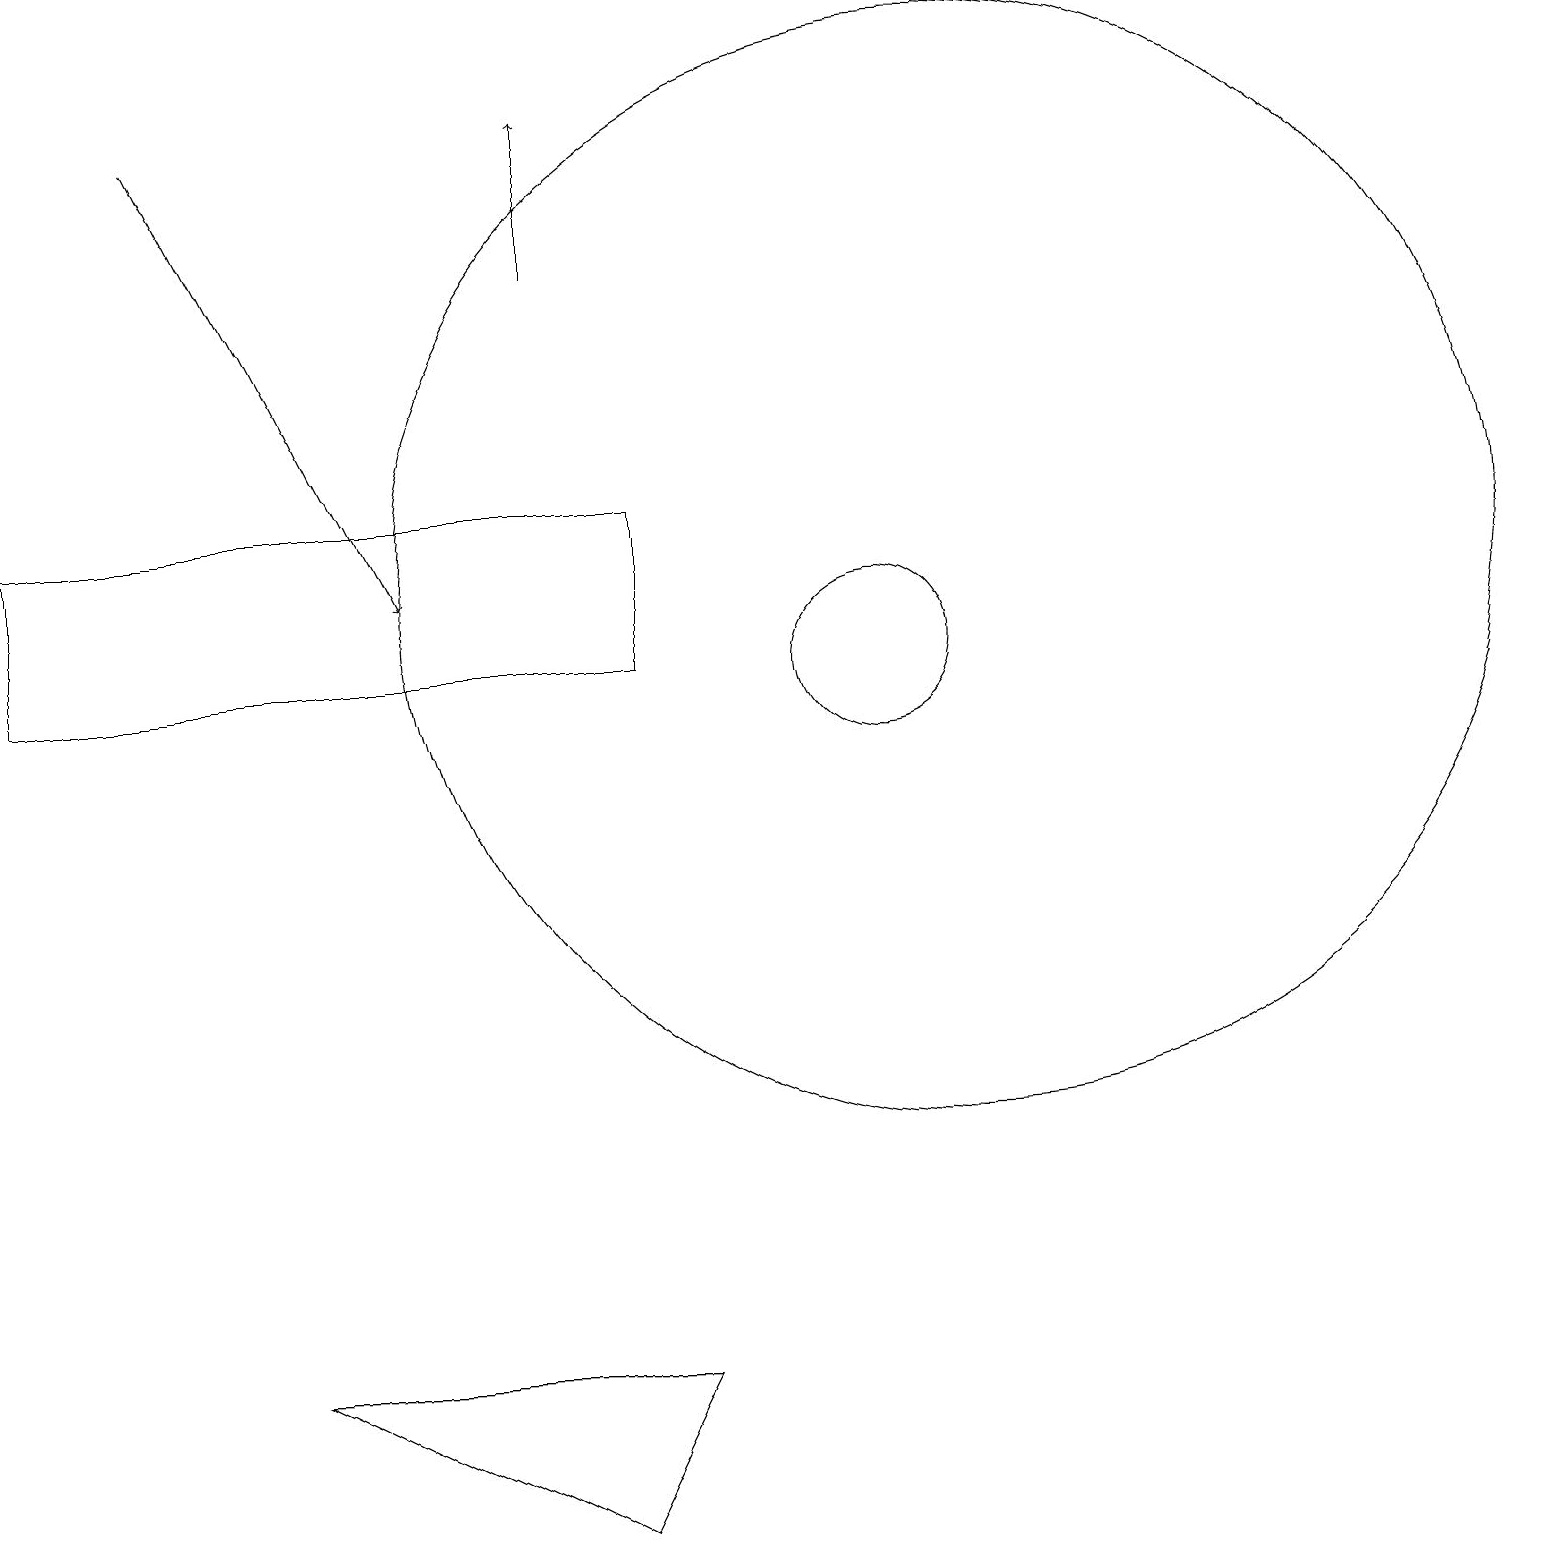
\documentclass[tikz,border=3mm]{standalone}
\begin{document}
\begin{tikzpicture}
\draw (7,0) -- (8,2) -- (3,2) -- cycle;
\draw[->] (7,16) -- (7,18);
\draw (12,12) circle (7);
\draw[->] (2,18) -- (5,12);
\draw (11,11) circle (1);
\draw (8,11) rectangle (0,13);
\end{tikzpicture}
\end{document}